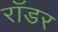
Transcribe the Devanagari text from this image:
रॉडर